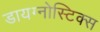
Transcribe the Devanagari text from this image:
डायग्‍नोस्टिक्‍स